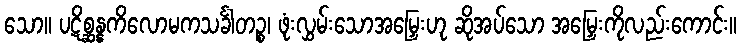
သော။ ပဋိစ္ဆန္နကိလောမကသင်္ခါတဉ္စ၊ ဖုံးလွှမ်းသောအမြှေးဟု ဆိုအပ်သော အမြှေးကိုလည်းကောင်း။